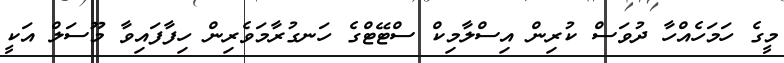
މީގެ ހަމަހެއްހާ ދުވަސް ކުރިން އިސްލާމިކް ސްޓޭޓްގެ ހަނގުރާމަވެރިން ހިފާފައިވާ މޫސަލް އަކީ